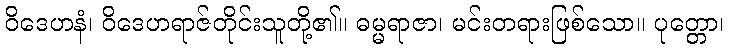
ဝိဒေဟနံ၊ ဝိဒေဟရာဇ်တိုင်းသူတို့၏။ ဓမ္မရာဇာ၊ မင်းတရားဖြစ်သော။ ပုတ္တော၊